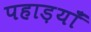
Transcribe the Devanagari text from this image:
पहाड़याँ